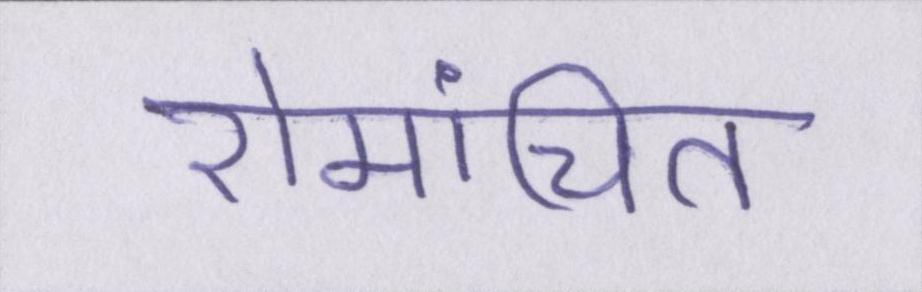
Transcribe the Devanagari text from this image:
रोमांचित